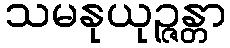
သမနုယုဉ္ဇန္တာ